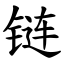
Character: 链